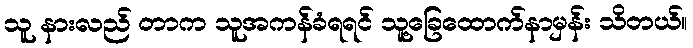
သူ နားလည် တာက သူအကန်ခံရရင် သူ့ခြေထောက်နာမှန်း သိတယ်။